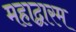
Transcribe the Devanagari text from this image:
महाद्वारम